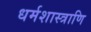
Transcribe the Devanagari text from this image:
धर्मशास्त्राणि